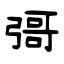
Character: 彁